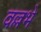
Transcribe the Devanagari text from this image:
वल्लभे